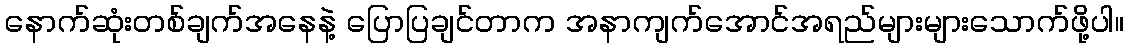
နောက်ဆုံးတစ်ချက်အနေနဲ့ ပြောပြချင်တာက အနာကျက်အောင်အရည်များများသောက်ဖို့ပါ။